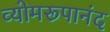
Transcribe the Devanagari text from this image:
व्योमरूपानंद